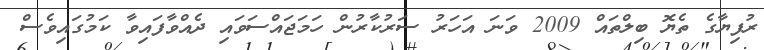
ރުފިޔާގެ ތެޔޮ ބިލްތައް 2009 ވަނަ އަހަރު ސަރުކާރުން ހަމަޖައްސަވައި ދެއްވާފައިވާ ކަމުގައިވެސް